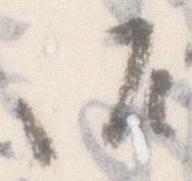
御